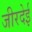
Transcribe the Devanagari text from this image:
जीरदेई